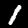
Digit: 1